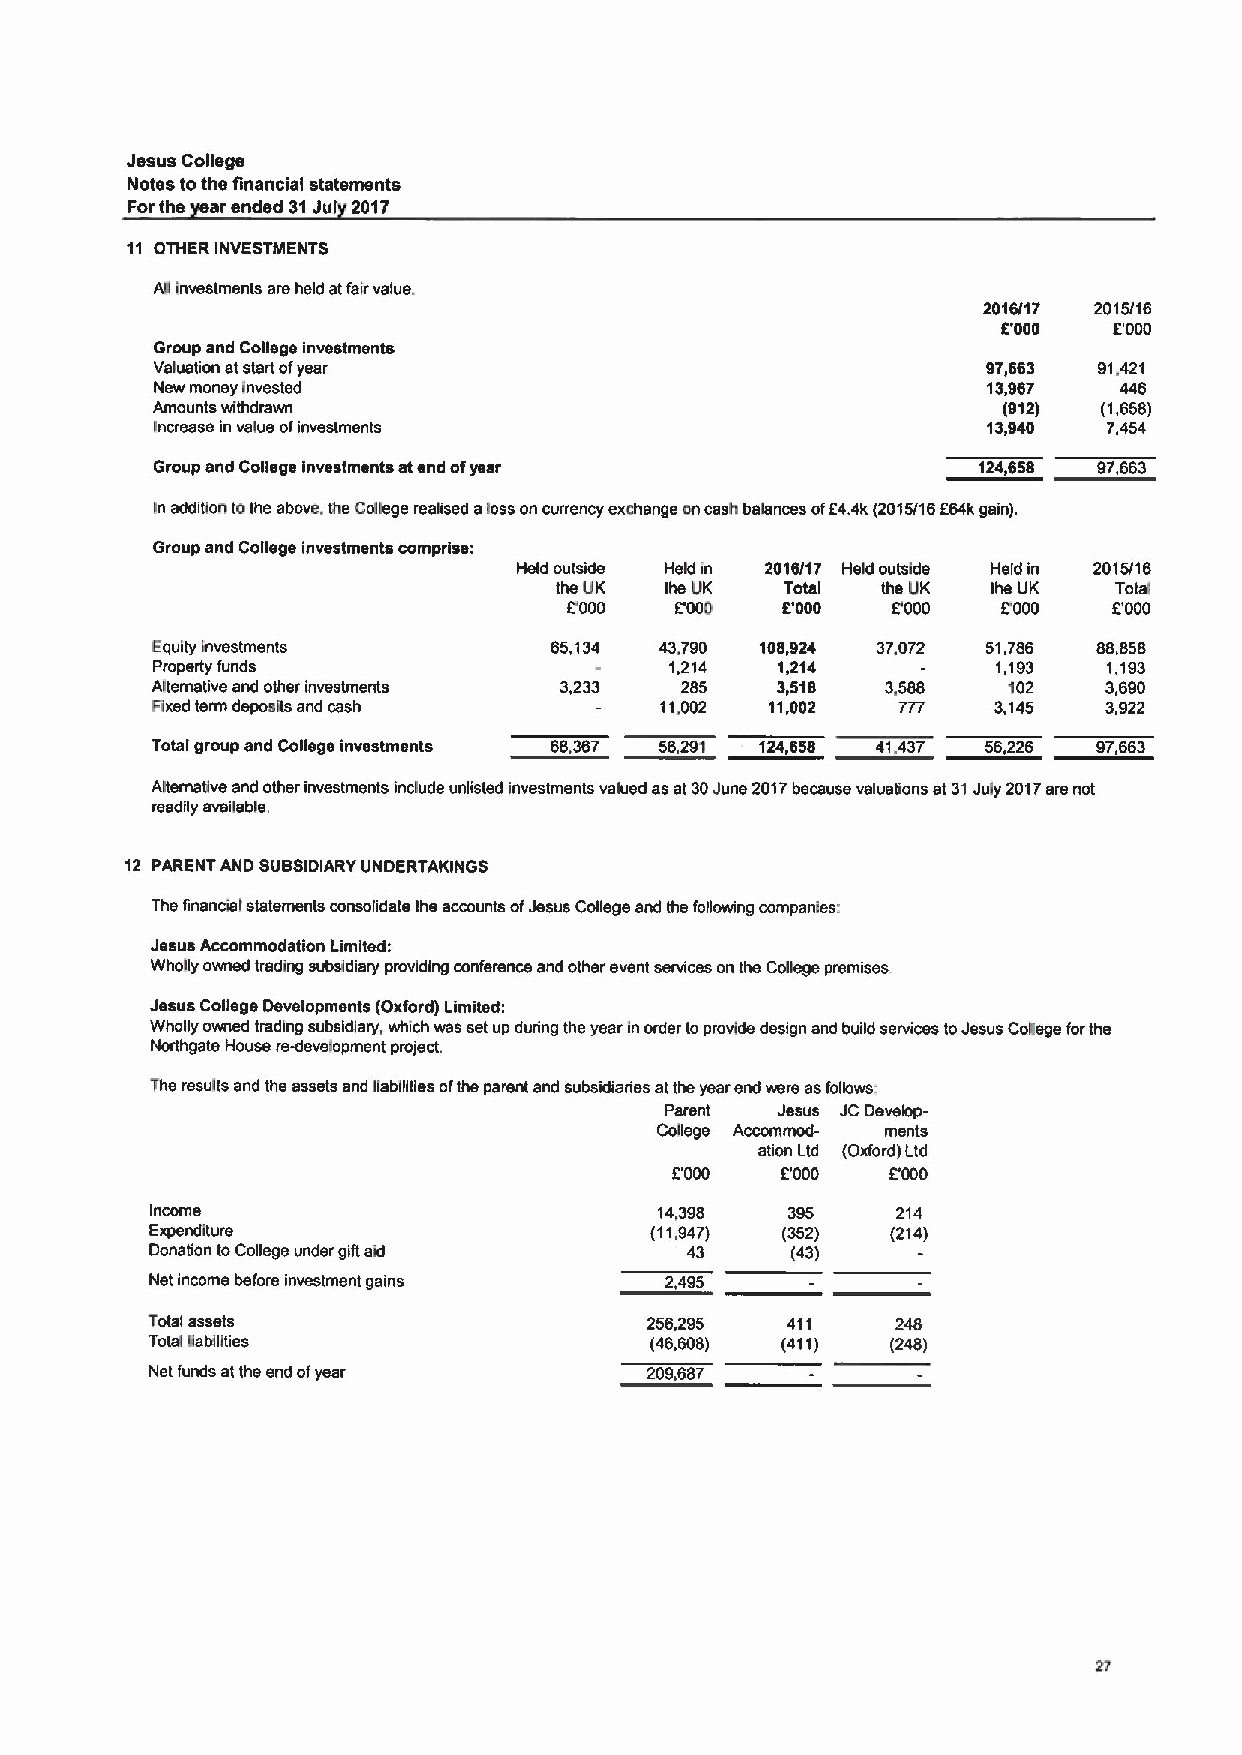
Jesus College
 Notes tothe financial statements
 Forthe srended 31Jul 2017
 11 OTHERINVESTMENTS
 Afi Investments are held atfairvalue.
 2016/17 2015/16
 B000    E000
 Group and College investments
 Valuation atstari ofyear                               97,663  91.421
 New money invested                                     13,967   446
 Amounts withdrawn                                       (912)  (1,658)
 Increase in value ofinvestments                        13,940  7,454
 Group and College investments atend ofyear             124,658 97,663
 In addifion tothe above. Ihe College reaised aloss on currency exchange oncash balances off4.4k(2015/16564k gain).
 Group and College investments comprise:
 Held outside Held in 2016/17 Held outside Held in 2015/16
 the UK ths UK  Total ths UK  the UK  Total
 E'000  E'000  6'000  L000   E000    E'000
 Equity Investments        65,134  43.790 108,924 37,072 51,786 88,858
 Property funds                    1,214  1,214          1,193  1,193
 Alternative and other investments 3,233 285 3,518 3.588  102   3,690
 Fixed term deposfis and cash      11.002 11,002   777   3,145  3,922
 Total group and College investmsnts 68,367 56291 124658 41.437 56,226 97,663
 Alternative and other investments include unlisted invsstmsnts valued as at 30June 2017because valuations at 31July 2017are not
 readily available.
 12 PARENT AND SUBSIDIARY UNDERTAKINGS
 Ths financial statements consolidate ths accounts ofJesus College and ths following companies:
 Jesus Accommodation Limited:
 Wholly owned trading subsidiary providing conference and other event services on the College premises.
 Jesus College Developments (Oxford) Limited:
 Wholly owned trading subsidiary, which was set up during the year in order toprovide design and build services toJesus Cofiege forthe
 Northgate House rs-development project.
 The results and the assets and liabilities ofthe parent and subsidiaries atthe year end were asfollows:
 Parent Jesus JCDevelop-
 Cdlege Accommod- ments
 ation Ltd (Oxford) Ltd
 E'000  E000
 Income                            14,398  395    214
 Expenditure                      (11,947) (352)  (214)
 Donation toCollege under gifi aid  43     (43)
 Net income before investment gains 2,495
 Total assets                     256,295  411    248
 Total fiabfilties                (46.608) (411)  (248)
 Net funds at ths snd ofyear      209,687